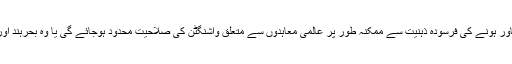
اس تحقیق کے مطابق '(امریکہ کی) خارجہ پالیسی کی اسٹیبلشمنٹ میں سپرپاور ہونے کی فرسودہ ذہنیت سے ممکنہ طور پر عالمی معاہدوں سے متعلق واشنگٹن کی صلاحیت محدود ہوجائے گی یا وہ بحرہند اور بحرالکاہِل میں کامیاب ہونے کے لیے سٹریٹجک معاہدے نہیں کر پائے گا۔